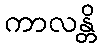
ကာလန္တိ